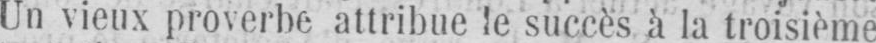
Un vieux proverbe attribue le succès à la troisième